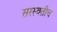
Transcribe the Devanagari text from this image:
सरस्वतीच